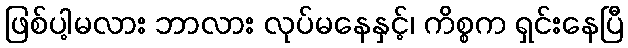
ဖြစ်ပါ့မလား ဘာလား လုပ်မနေနှင့်၊ ကိစ္စက ရှင်းနေပြီ